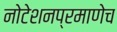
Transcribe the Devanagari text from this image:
नोटेशनप्रमाणेच